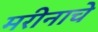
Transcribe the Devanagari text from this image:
मरीनाचे